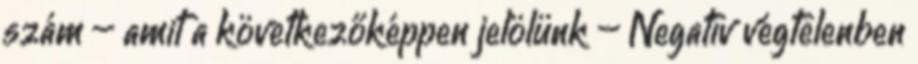
szám – amit a következőképpen jelölünk – Negatív végtelenben